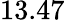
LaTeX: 13.47